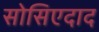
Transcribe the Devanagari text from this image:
सोसिएदाद